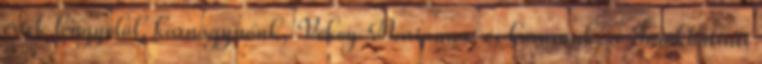
értek lengyelül, karnagynőnk, Vékey Marianna, és kórusunk, a Törökbálinti